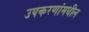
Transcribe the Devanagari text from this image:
उपकरणांमधील